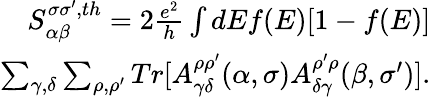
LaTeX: \begin{array}{r}{{S_{\alpha\beta}^{\sigma\sigma^{\prime},th}}=2\frac{e^{2}}{h}\int dEf(E)[1-f(E)]}\\ {\sum_{\gamma,\delta}\sum_{\rho,\rho^{\prime}}Tr[A_{\gamma\delta}^{\rho\rho^{\prime}}(\alpha,\sigma)A_{\delta\gamma}^{\rho^{\prime}\rho}(\beta,\sigma^{\prime})].}\end{array}